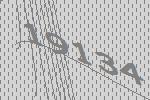
19134